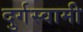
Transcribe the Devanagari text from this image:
दुर्गस्वामी